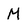
Character: M